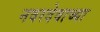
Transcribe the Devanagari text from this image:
नवरदेवाच्या